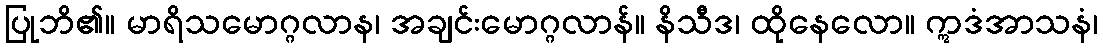
ပြုဘိ၏။ မာရိသမောဂ္ဂလာန၊ အချင်းမောဂ္ဂလာန်။ နိသီဒ၊ ထိုနေလော။ ဣဒံအာသနံ၊